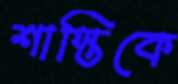
শাস্তিকে